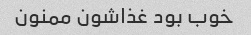
خوب بود غذاشون ممنون